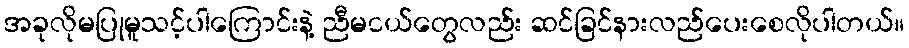
အခုလိုမပြုမူသင့်ပါကြောင်းနဲ့ ညီမငယ်တွေလည်း ဆင်ခြင်နားလည်ပေးစေလိုပါတယ်။